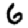
Digit: 6